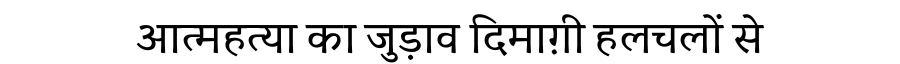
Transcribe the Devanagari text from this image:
आत्महत्या का जुड़ाव दिमाग़ी हलचलों से